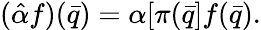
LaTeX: (\hat{\alpha}f)(\bar{q})=\alpha[\pi(\bar{q}]f(\bar{q}).